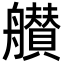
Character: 𦪸